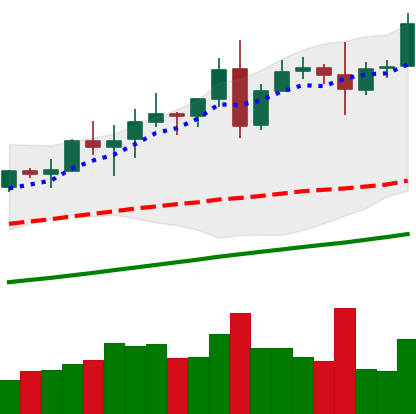
Ticker: TRX-USD
Chart end date: 2020-08-10
Forward return: 17.121%
Label: up_7plus